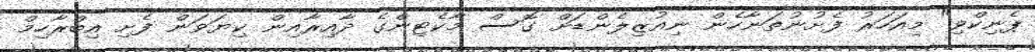
ޕެނިކްވި" މިއަހަރު ފެށުނުތަނާހެން ނިއުޒިލެންޑަށް ގޮސް މާކެޓިންގެ ދާއިރާއިން ކިޔަވަން ފެށި އިބްރާހިމް